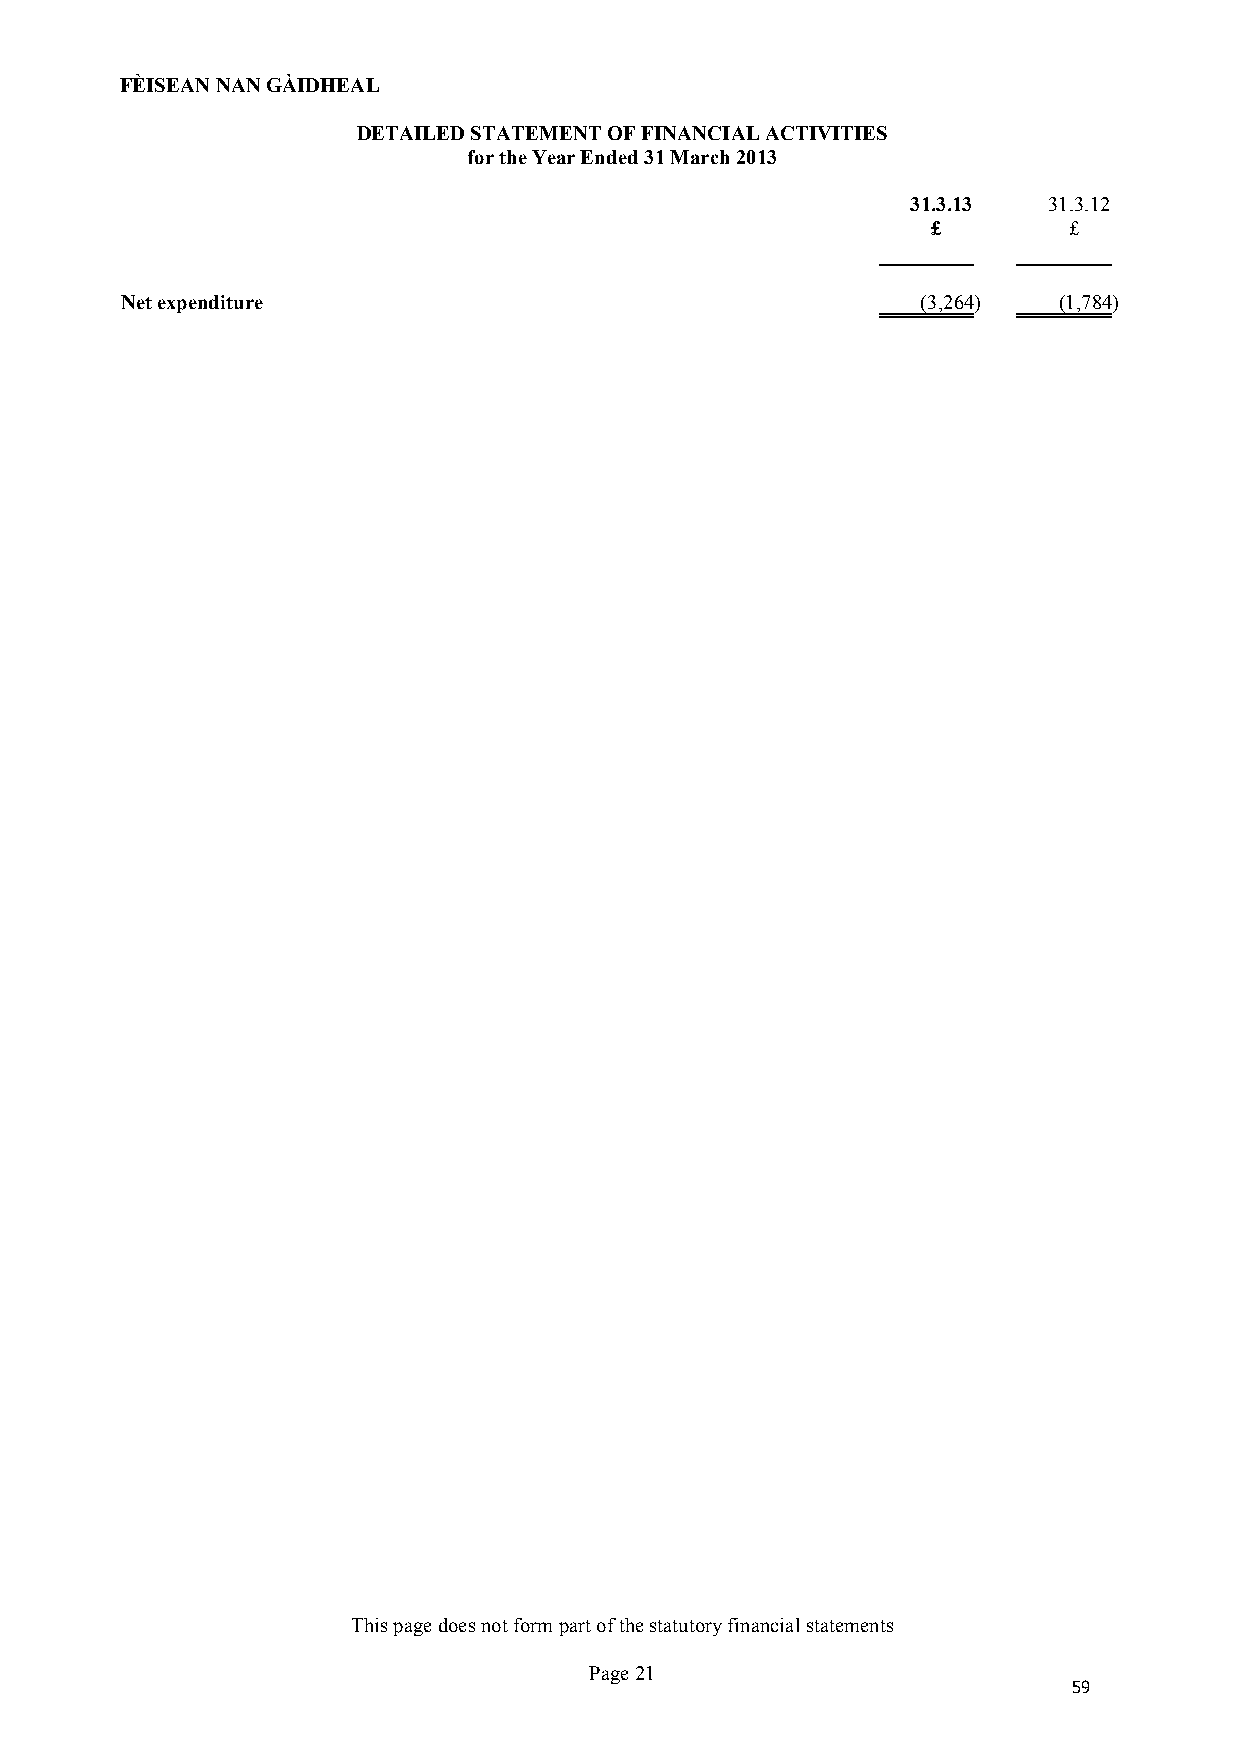
FÈISEAN NAN GÀIDHEAL
 DETAILED STATEMENT OF FINANCIAL ACTIVITIES
 for the Year Ended 31 March 2013
 31.3.13  31.3.12
 £        £
 Net expenditure                                      (3,264)  (1,784)
 This page does not form part of the statutory financial statements
 Page 21
 59